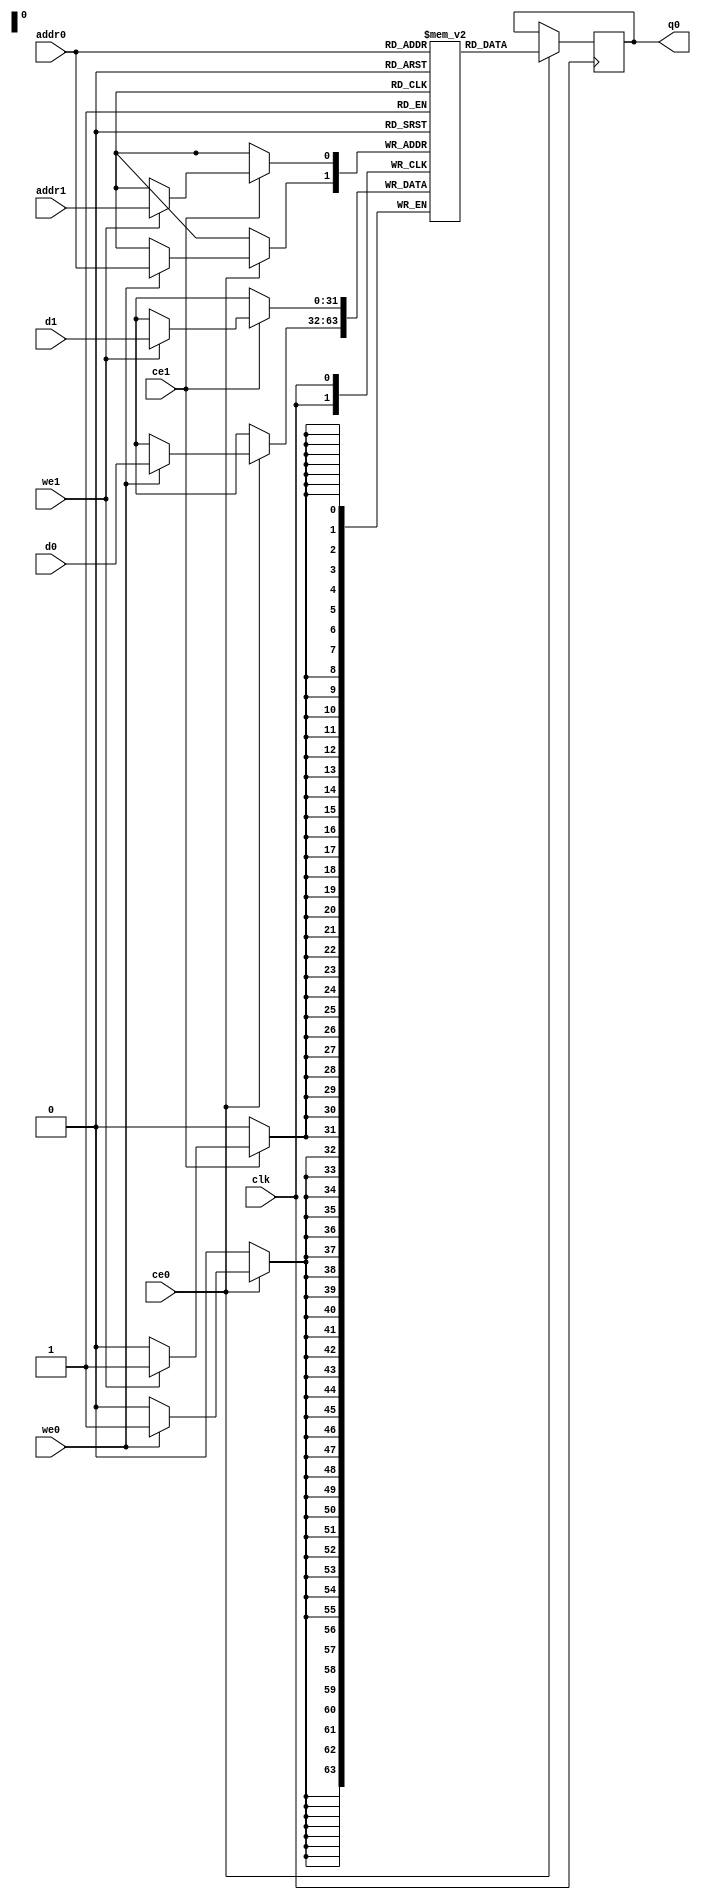
// ==============================================================
// File generated by Vivado(TM) HLS - High-Level Synthesis from C, C++ and SystemC
// Version: 2012.2
// Copyright (C) 2012 Xilinx Inc. All rights reserved.
// 
// ==============================================================

`timescale 1 ns / 1 ps
module generate_board_counts_result_p4_ram (addr0, ce0, d0, we0, q0, addr1, ce1, d1, we1,  clk);

parameter DWIDTH = 32;
parameter AWIDTH = 1;
parameter MEM_SIZE = 2;

input[AWIDTH-1:0] addr0;
input ce0;
input[DWIDTH-1:0] d0;
input we0;
output reg[DWIDTH-1:0] q0;
input[AWIDTH-1:0] addr1;
input ce1;
input[DWIDTH-1:0] d1;
input we1;
input clk;

(* ram_style = "block" *)reg [DWIDTH-1:0] ram[MEM_SIZE-1:0];




always @(posedge clk)  
begin 
    if (ce0) 
    begin
        if (we0) 
            ram[addr0] <= d0; 
        q0 <= ram[addr0];
    end
end


always @(posedge clk)  
begin 
    if (ce1) 
    begin
        if (we1) 
            ram[addr1] <= d1; 
    end
end


endmodule